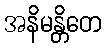
အနိမန္တိတေ